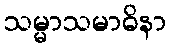
သမ္မာသမာဓိနာ